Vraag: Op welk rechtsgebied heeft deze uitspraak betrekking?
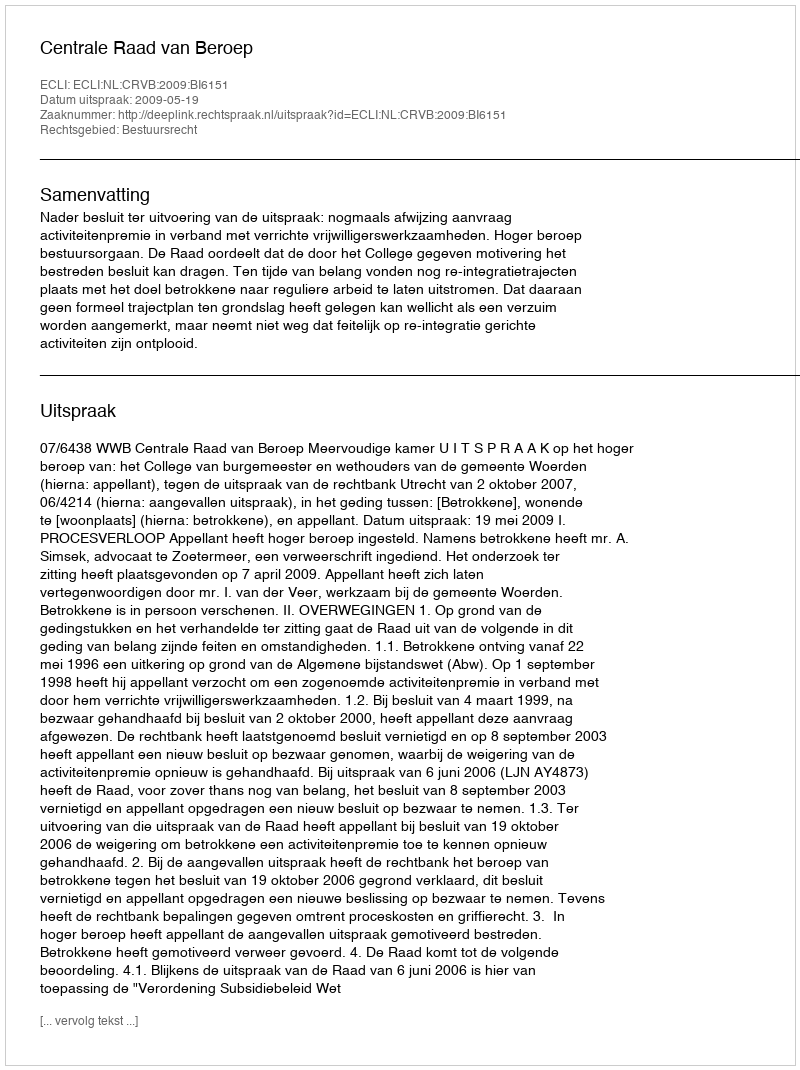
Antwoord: Bestuursrecht